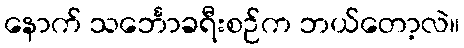
နောက် သင်္ဘောခရီးစဉ်က ဘယ်တော့လဲ။